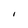
Character: I